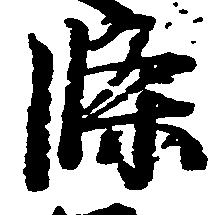
条